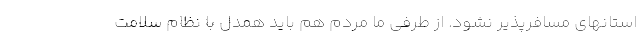
استانهای مسافرپذیر نشود. از طرفی ما مردم هم باید همدل با نظام سلامت